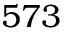
5 7 3